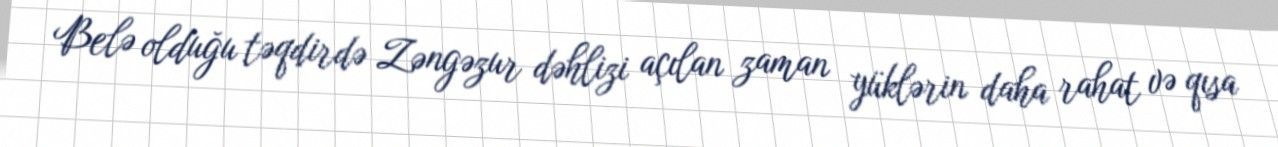
Belə olduğu təqdirdə Zəngəzur dəhlizi açılan zaman yüklərin daha rahat və qısa